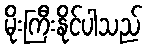
မိုးကြီးနိုင်ပါသည်